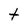
Character: t